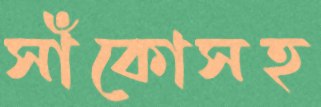
সাঁকোসহ